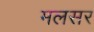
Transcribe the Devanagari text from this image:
मलसर